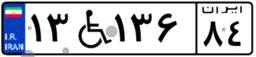
۱۳W۱۳۶۸۴